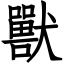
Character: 獸